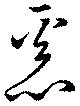
惡